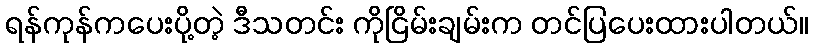
ရန်ကုန်ကပေးပို့တဲ့ ဒီသတင်း ကိုငြိမ်းချမ်းက တင်ပြပေးထားပါတယ်။